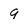
Character: 9